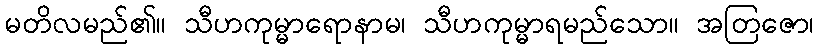
မတိလမည်၏။ သီဟကုမ္မာရောနာမ၊ သီဟကုမ္မာရမည်သော။ အတြဇော၊